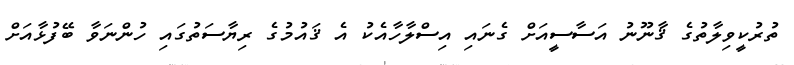
ތުރުކީވިލާތުގެ ޤާނޫނު އަސާސީއަށް ގެނައި އިސްލާހާއެކު އެ ޤައުމުގެ ރިޔާސަތުގައި ހުންނަވާ ބޭފުޅާއަށް